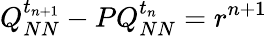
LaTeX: Q_{NN}^{t_{n+1}}-PQ_{NN}^{t_{n}}=r^{n+1}